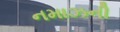
નમાઝની